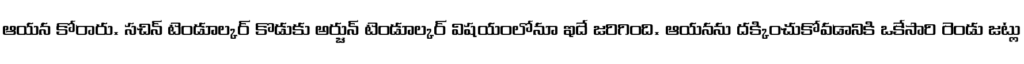
ఆయన కోరారు. సచిన్ టెండూల్కర్ కొడుకు అర్జున్ టెండూల్కర్ విషయంలోనూ ఇదే జరిగింది. ఆయనను దక్కించుకోవడానికి ఒకేసారి రెండు జట్లు